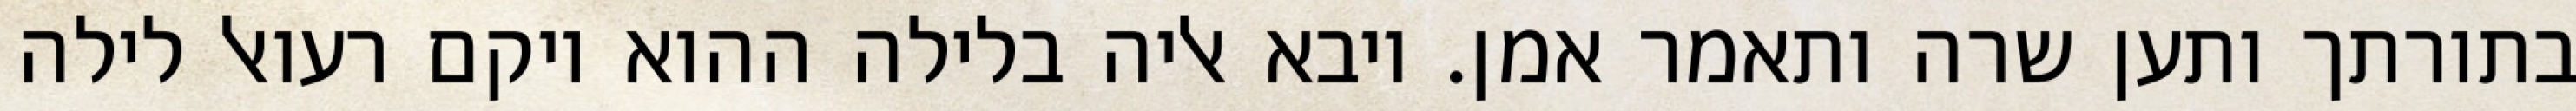
בתורתך ותען שרה ותאמר אמן. ויבא אליה בלילה ההוא ויקם רעואל לילה